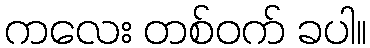
ကလေး တစ်ဝက် ခပါ။